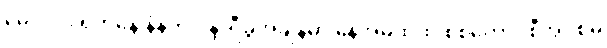
မေလ၁၉ရက်နေ့ နံနက် ၇နာရီခွဲအချိန်မှာ နေအိမ်ထဲထိ စစ်ကောင်စီအုပ်စုမှ